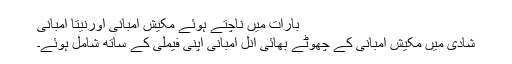
بارات میں ناچتے ہوئے مکیش امبانی اورنیتا امبانی
شادی میں مکیش امبانی کے چھوٹے بھائی انل امبانی اپنی فیملی کے ساتھ شامل ہوئے۔